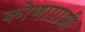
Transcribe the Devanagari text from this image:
कोणापाशी